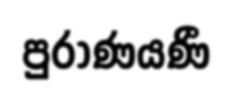
පුරාණයණී